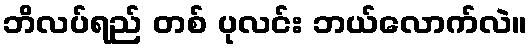
ဘိလပ်ရည် တစ် ပုလင်း ဘယ်လောက်လဲ။